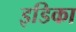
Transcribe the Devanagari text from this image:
इडिका